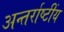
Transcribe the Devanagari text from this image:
अन्तर्राष्टींय